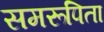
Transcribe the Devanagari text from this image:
समरूपिता